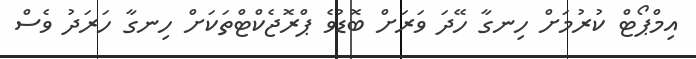
އިމްޕޯޓް ކުރުމަށް ހިނގާ ހޭދަ ވަރަށް ބޮޑުވެ ޕްރޮޖެކްޓްތަކަށް ހިނގާ ހަރަދު ވެސް